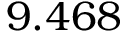
9 . 4 6 8